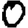
Digit: 0